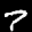
Label: 7